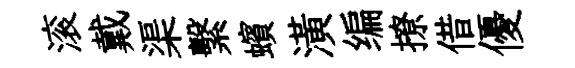
滚戴渠繫蠙潢编撩借優